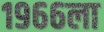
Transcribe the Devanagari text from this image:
१९६६ला